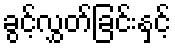
ခွင့်လွှတ်ခြင်းနှင့်